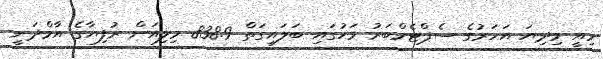
މިއީ މިދިޔަ އަހަރުގެ ސެޕްޓެމްބަރު މަހުގައި ބަލައިގަތް 838.9 މިލިއަން ރުފިޔާގެ އާމްދަނީ